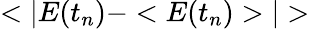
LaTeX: <|E(t_{n})-<E(t_{n})>|>